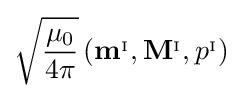
{\sqrt {\frac {\mu _{0}}{4\pi }}}\left(\mathbf {m} ^{_{\mathrm {I} }},\mathbf {M} ^{_{\mathrm {I} }},p^{_{\mathrm {I} }}\right)